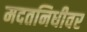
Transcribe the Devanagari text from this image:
मदतनिधीवर